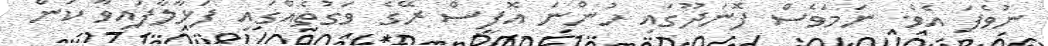
ނުވެފަ އެވެ. ނަމަވެސް ފޮނަދޫގައި ހުންނަ އޮފީސް ރޭގެ ވަގުތެއްގައި ފަޅާލާފައިވާ ކަން